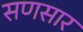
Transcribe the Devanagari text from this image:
सणसार